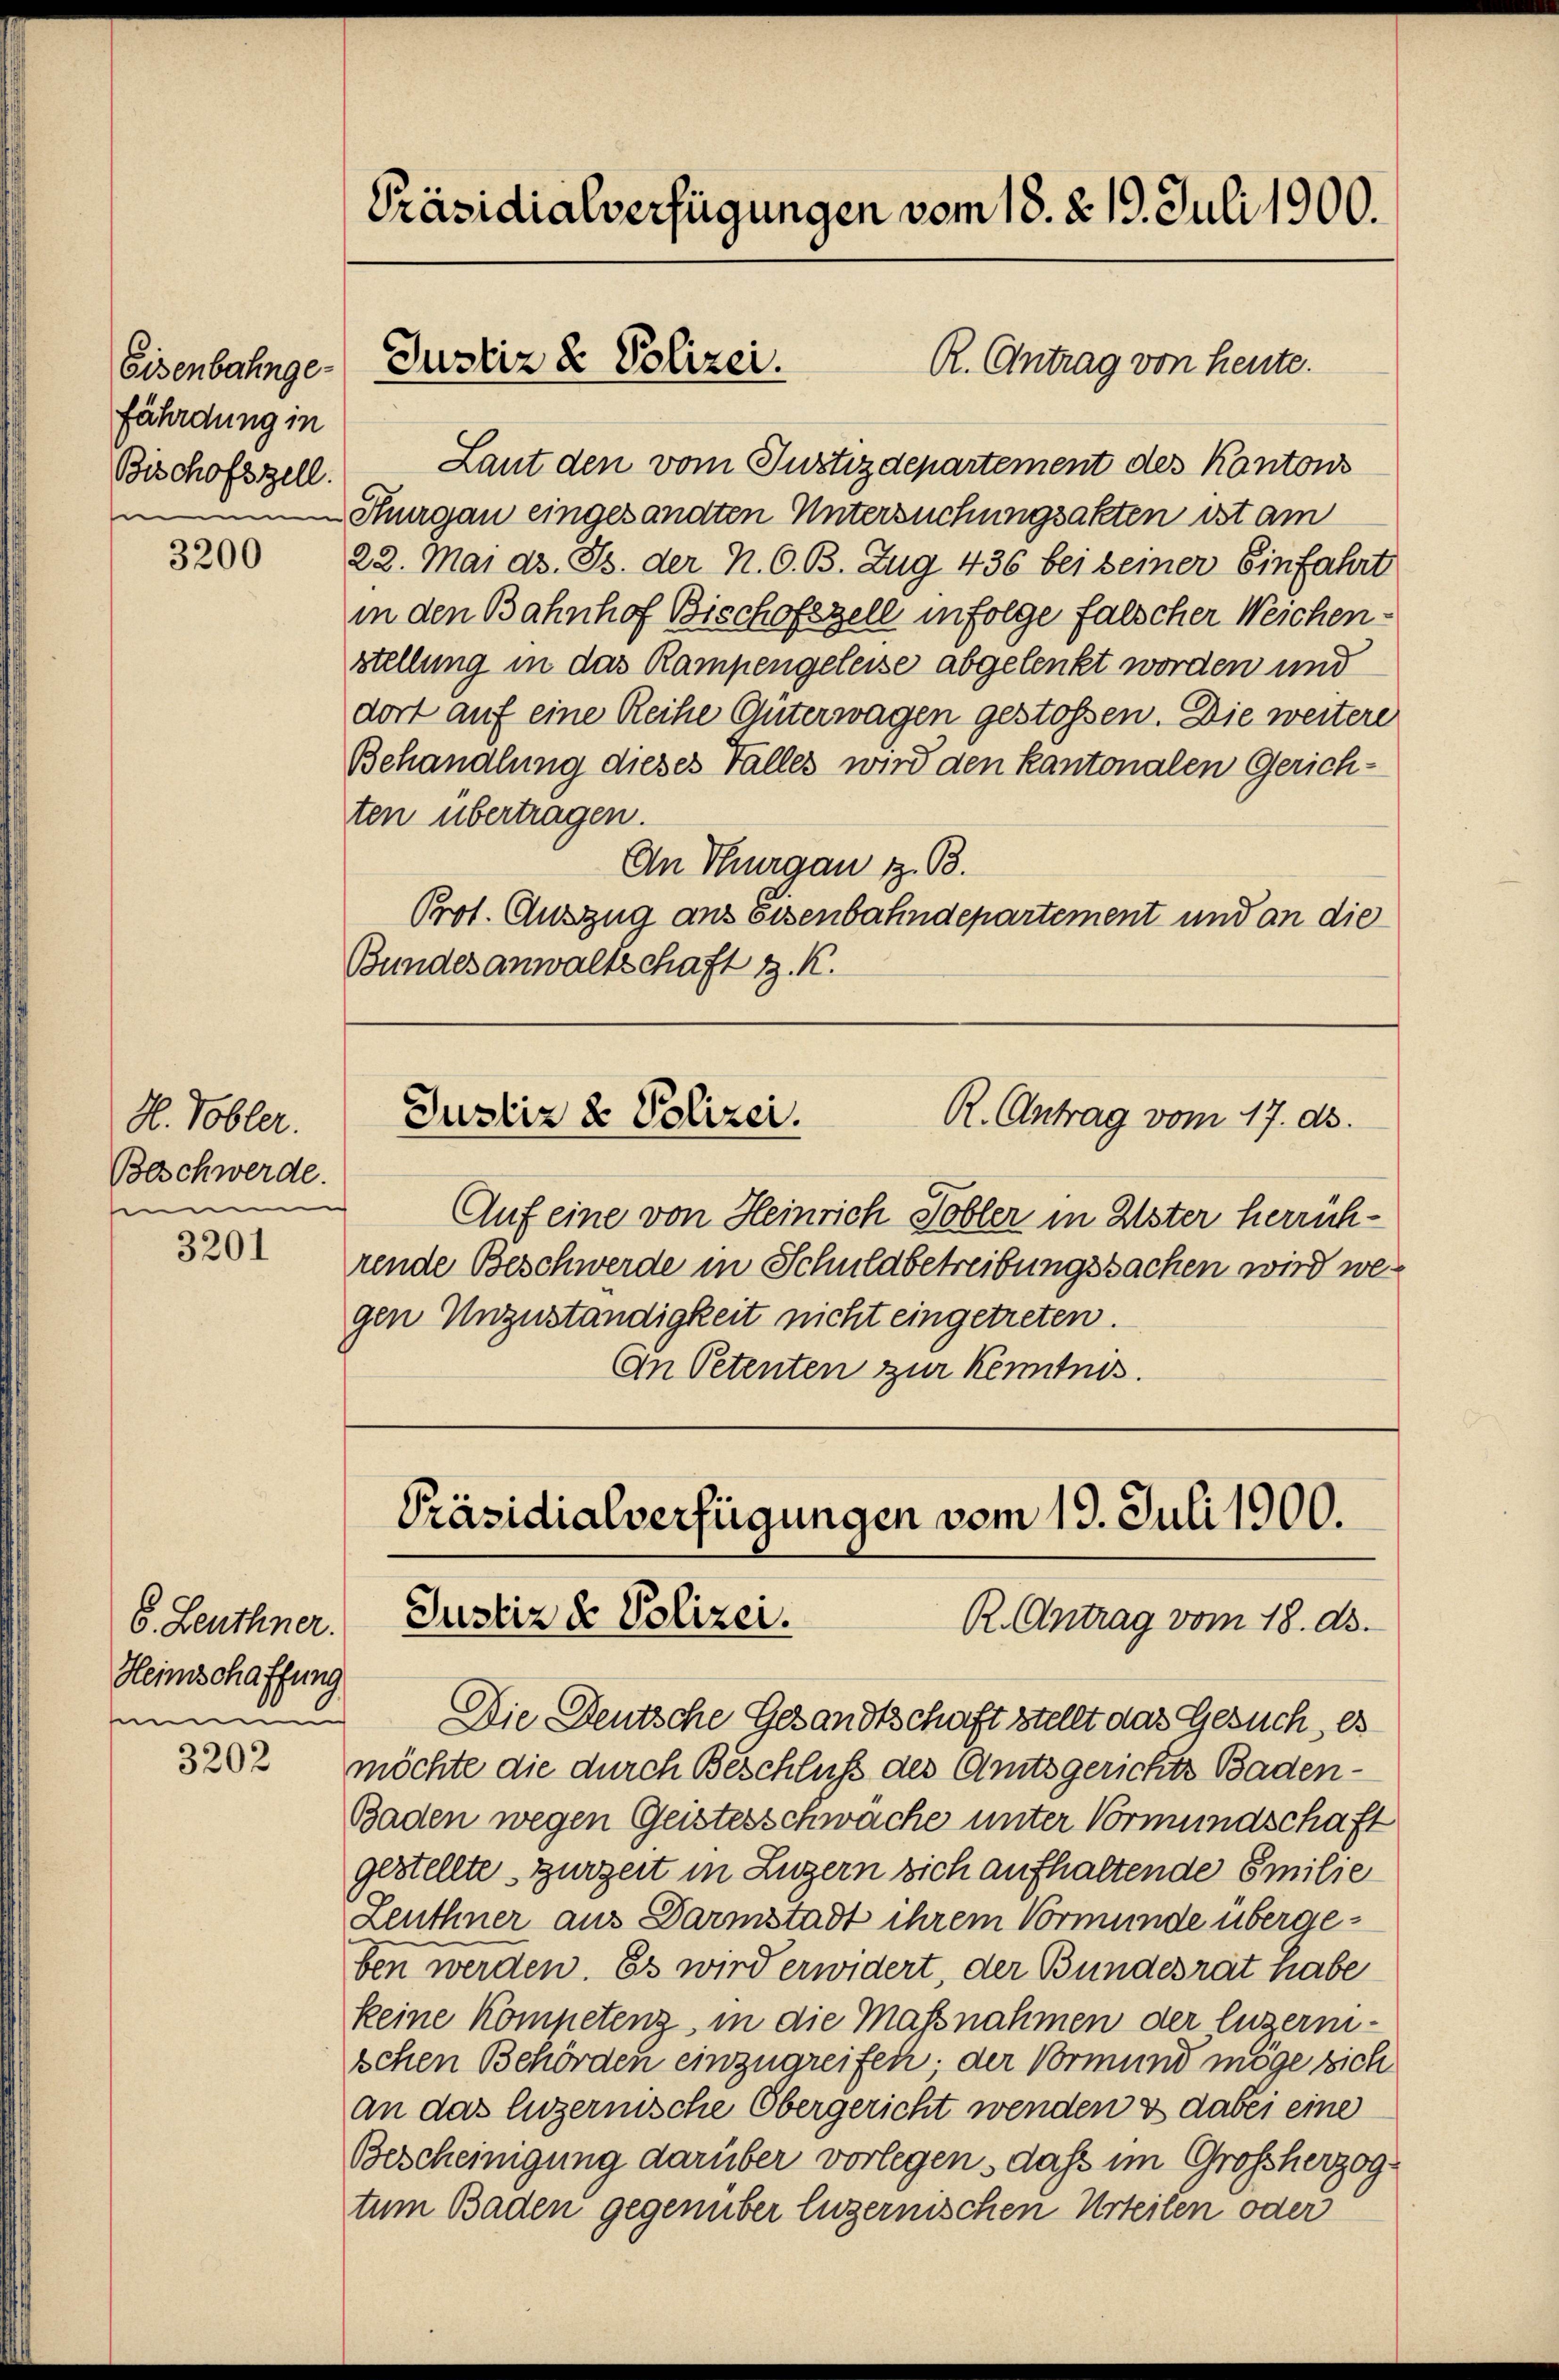
fährdung in

3200

H. Tobler.
Beschwerde.
e

3201

6. Leuthner.
Heimschaffung

3202

Bischofszell. Laut den vom Justizdepartement des Kantons
Thurgau eingesandten Untersuchungsakten ist am
22. Mai d. Js. der N. O. B. Zug 436 bei seiner Einfahrt
in den Bahnhof Bischofzell infolge falscher Weichenstellung in das Rampengeleise abgelenkt worden und
dort auf eine Reihe Güterwagen gestossen. Die weitere
Behandlung dieses Falles wird den kantonalen Gerichten übertragen.
An Thurgau z. B.
Prot. Auszug aus Eisenbahndepartement und an die
Bundesanwaltschaft z. K.

Präsidialverfügungen vom 18. d. 19. Juli 1900.

R. Antrag von heute.
Eisenbahnge- Justiz & Polizei.

R. Antrag vom 17. ds.
Justiz & Polizei.

Auf eine von Heinrich Tobler in Ester herrichrende Beschwerde in Schuldbetreibungssachen wird wegen Unzuständigkeit nicht eingetreten.
An Petenten zur Kenntnis.

Präsidialverfügungen vom 19. Juli 1900.
Justiz & Polizei.
R. Antrag vom 18. ds.

Die Deutsche Gesandtschaft stellt das Gesuch, es
möchte die durch Beschluß des Amtsgerichts Baden¬
Baden wegen Geistesschwäche unter Vormundschaft
gestellte, zurzeit in Luzern sich aufhaltende Emilie
Leuthner aus Darmstadt ihrem Vormunde übergeben werden. Es wird erwidert, der Bundesrat habe
keine Kompetenz, in die Massnahmen der luzernischen Behörden einzugreifen. Der Vormund möge sich
an das luzernische Obergericht wenden & dabei eine
Bescheinigung darüber vorlegen, dass im Großherzogtum Baden gegenüber luzernischen Urteilen oder